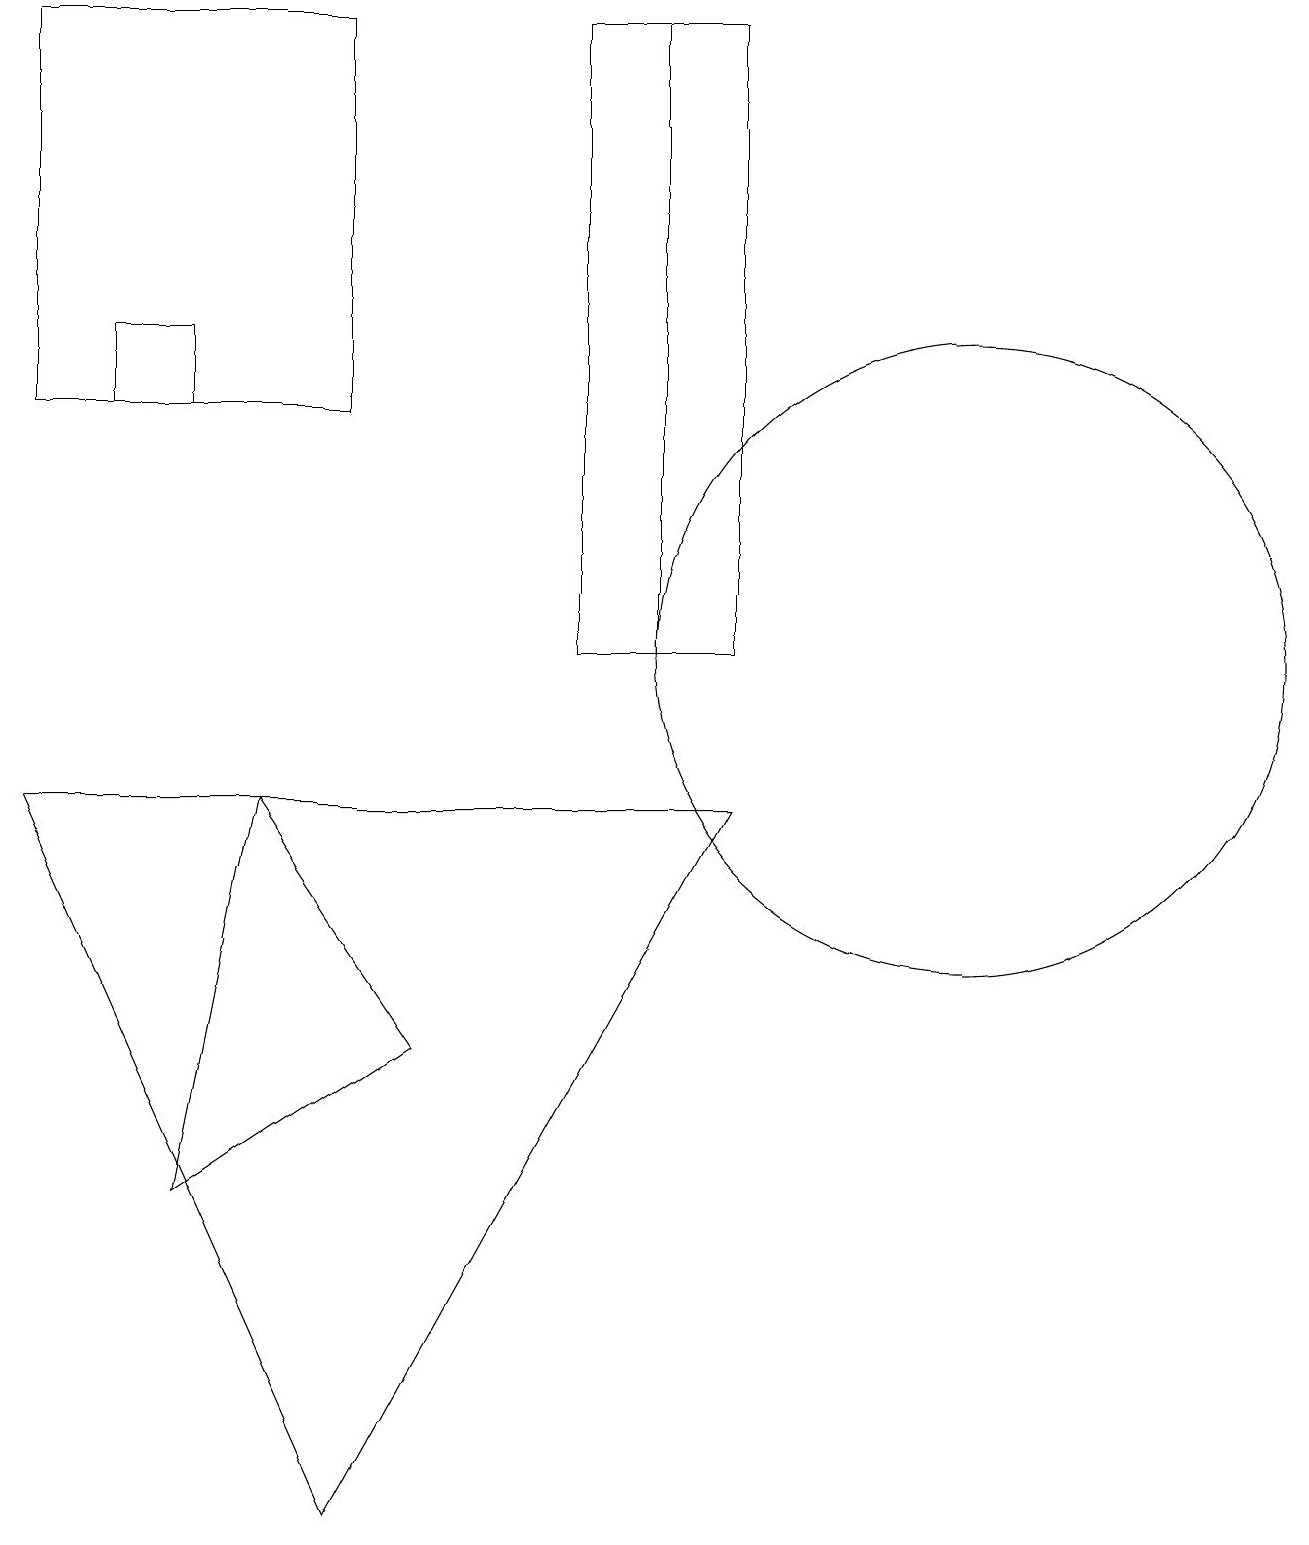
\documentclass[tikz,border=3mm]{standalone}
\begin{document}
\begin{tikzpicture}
\draw (0,14) rectangle (0,14);
\draw (9,19) rectangle (8,11);
\draw (2,15) rectangle (1,14);
\draw (5,6) -- (2,4) -- (3,9) -- cycle;
\draw (0,9) -- (4,0) -- (9,9) -- cycle;
\draw (4,19) rectangle (0,14);
\draw (12,11) circle (4);
\draw (7,19) rectangle (8,11);
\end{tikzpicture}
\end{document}